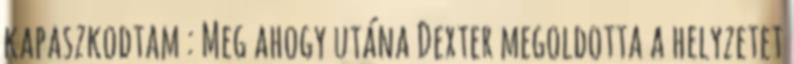
kapaszkodtam : Meg ahogy utána Dexter megoldotta a helyzetet